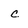
Character: c